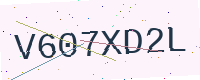
Text: V607XD2L